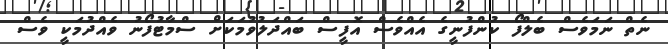
ނެތް ނަމަވެސް ބެލްފޯ ކުންފުނީގެ އެއްވެސް އޮފީސް ބައްދަލުވުމަކަށް ސްމާޓުފޯނު ވެއްދުމަކީ ވެސް